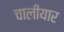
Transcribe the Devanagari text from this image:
चालीयार